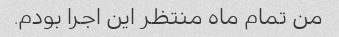
من تمام ماه منتظر این اجرا بودم.